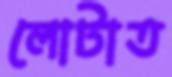
লোটাত